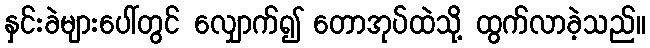
နှင်းခဲများပေါ်တွင် လျှောက်၍ တောအုပ်ထဲသို့ ထွက်လာခဲ့သည်။